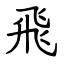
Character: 飛